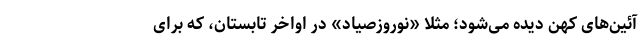
آئین‌های کهن دیده می‌شود؛ مثلا «نوروزصیاد» در اواخر تابستان، که برای